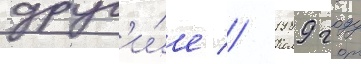
друг'и́е // 1989 году